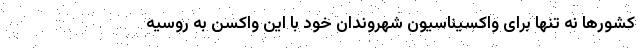
کشورها نه تنها برای واکسیناسیون شهروندان خود با این واکسن به روسیه